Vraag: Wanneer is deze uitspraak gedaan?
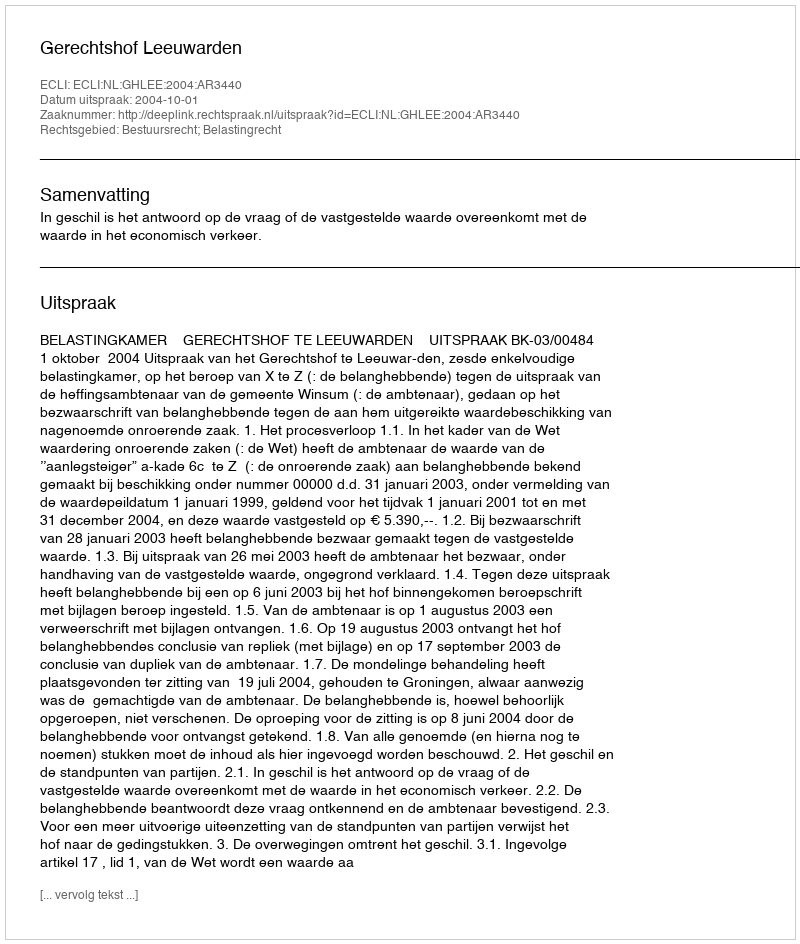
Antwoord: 2004-10-01